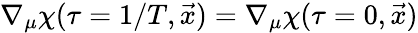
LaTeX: \nabla_{\mu}\chi(\tau=1/T,\vec{x})=\nabla_{\mu}\chi(\tau=0,\vec{x})